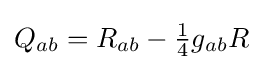
{\textstyle Q_{ab}=R_{ab}-{\tfrac {1}{4}}g_{ab}R}